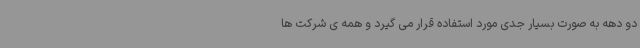
دو دهه به صورت بسیار جدی مورد استفاده قرار می گیرد و همه ی شرکت ها